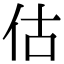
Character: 估